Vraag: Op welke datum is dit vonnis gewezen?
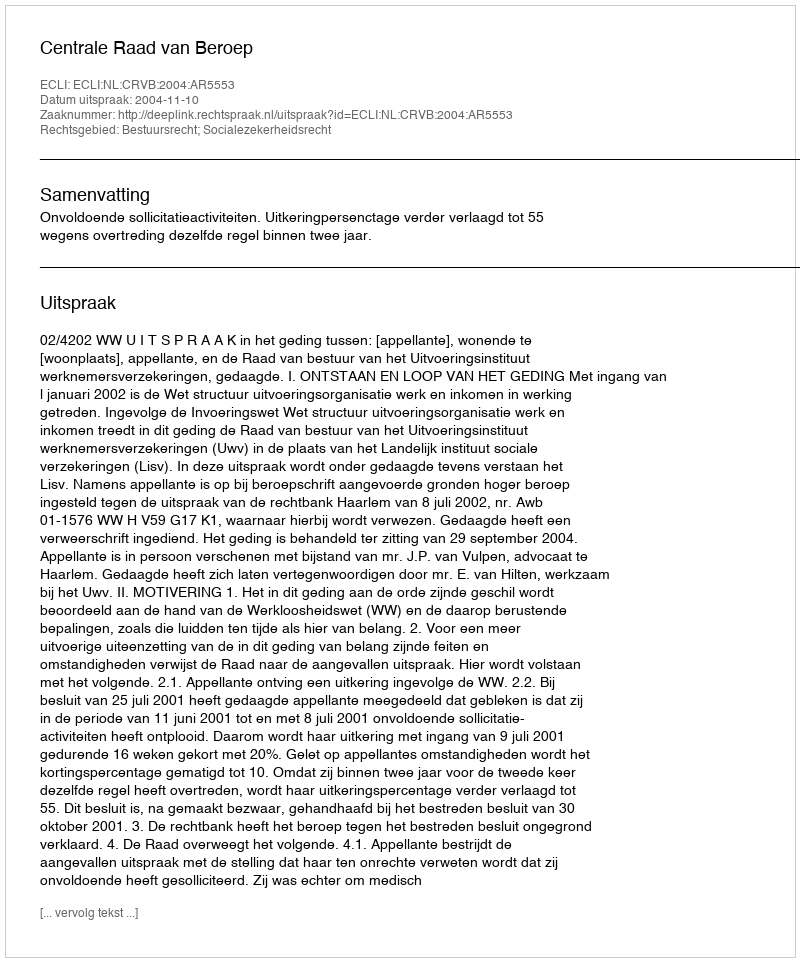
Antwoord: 2004-11-10